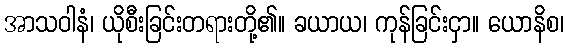
အာသဝါနံ၊ ယိုစီးခြင်းတရားတို့၏။ ခယာယ၊ ကုန်ခြင်းငှာ။ ယောနိစ၊